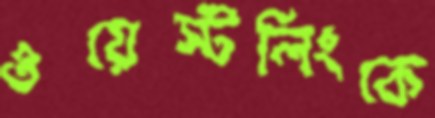
ওয়েস্টলিংকে